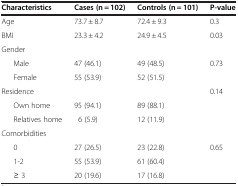
<table><thead><tr><td><b>Characteristics</b></td><td><b>Cases (n = 102)</b></td><td><b>Controls (n = 101)</b></td><td><b>P-value</b></td></tr></thead><tbody><tr><td>Age</td><td>73.7 ± 8.7</td><td>72.4 ± 9.3</td><td>0.3</td></tr><tr><td>BMI</td><td>23.3 ± 4.2</td><td>24.9 ± 4.5</td><td>0.03</td></tr><tr><td>Gender</td><td> </td><td> </td><td> </td></tr><tr><td>Male</td><td>47 (46.1)</td><td>49 (48.5)</td><td>0.73</td></tr><tr><td>Female</td><td>55 (53.9)</td><td>52 (51.5)</td><td> </td></tr><tr><td>Residence</td><td> </td><td> </td><td>0.14</td></tr><tr><td>Own home</td><td>95 (94.1)</td><td>89 (88.1)</td><td> </td></tr><tr><td>Relatives home</td><td>6 (5.9)</td><td>12 (11.9)</td><td> </td></tr><tr><td>Comorbidities</td><td> </td><td> </td><td> </td></tr><tr><td>0</td><td>27 (26.5)</td><td>23 (22.8)</td><td>0.65</td></tr><tr><td>1-2</td><td>55 (53.9)</td><td>61 (60.4)</td><td> </td></tr><tr><td>≥ 3</td><td>20 (19.6)</td><td>17 (16.8)</td><td> </td></tr></tbody></table>